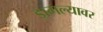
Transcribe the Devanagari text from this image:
डागल्यावर